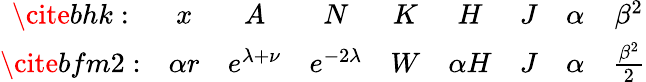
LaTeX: \begin{array}{ccccccccc}{{\cite{bhk}:}}&{{x}}&{{A}}&{{N}}&{{K}}&{{H}}&{{J}}&{{\alpha}}&{{\beta^{2}}}\\ {{\cite{bfm2}:}}&{{\alpha r}}&{{e^{\lambda+\nu}}}&{{e^{-2\lambda}}}&{{W}}&{{\alpha H}}&{{J}}&{{\alpha}}&{{\frac{\beta^{2}}{2}}}\end{array}